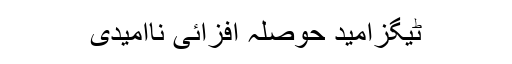
ٹیگزامید حوصلہ افزائی ناامیدی